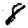
Digit: 8